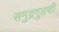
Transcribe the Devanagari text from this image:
समुद्रगुप्तची